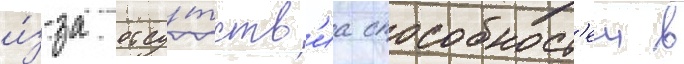
и́з-за отсу́тств'иа способност'еи в